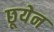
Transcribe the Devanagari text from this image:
छूयेन